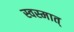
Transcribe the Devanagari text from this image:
स्वस्मात्